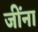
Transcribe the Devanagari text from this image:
जींना